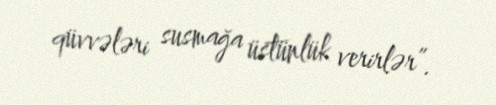
qüvvələri susmağa üstünlük verirlər”.